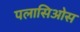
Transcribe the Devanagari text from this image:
पलासिओस